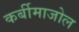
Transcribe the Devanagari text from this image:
कर्बीमाजोल